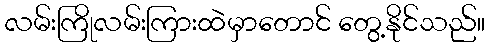
လမ်းကြိုလမ်းကြားထဲမှာတောင် တွေ့နိုင်သည်။